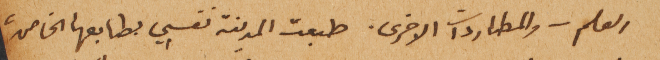
العلم – والمطاردات الاخرى. طبعت المدينة نفسِي بطابعها الخاص،